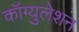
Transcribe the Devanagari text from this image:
कॉग्युलेशन